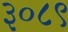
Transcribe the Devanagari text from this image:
३०८९